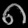
Digit: ၈